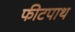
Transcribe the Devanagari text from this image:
फीटपाथ